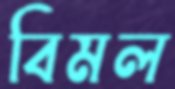
বিমল